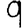
Digit: 9